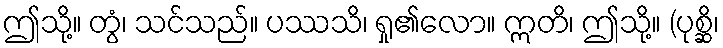
ဤသို့။ တွံ၊ သင်သည်။ ပဿသိ၊ ရှု၏လော။ ဣတိ၊ ဤသို့။ (ပုစ္ဆိ၊